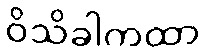
ဝိသိခါကထာ